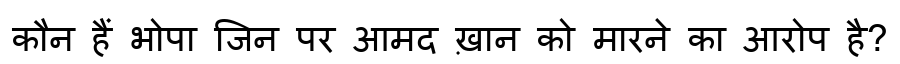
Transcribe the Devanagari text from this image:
कौन हैं भोपा जिन पर आमद ख़ान को मारने का आरोप है?